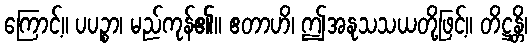
ကြောင့်။ ပပဉ္စာ၊ မည်ကုန်၏။ ဧတာဟိ၊ ဤအနုသသယတို့ဖြင့်။ တိဋ္ဌန္တိ၊